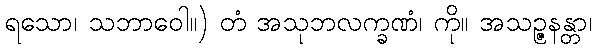
ရသော၊ သဘာဝေါ။) တံ အသုဘလက္ခဏံ၊ ကို။ အသဉ္ဇနန္တာ၊